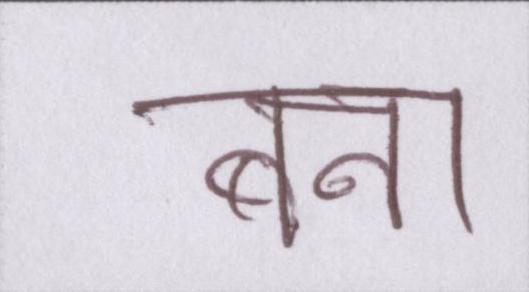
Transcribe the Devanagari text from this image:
बना